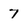
Character: 7